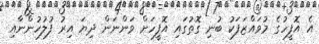
އެ އޮފީހުގެ މުވައްޒަފަކު ބުނި ގޮތުގައި އޮފީހަށް ވަންނަން ދިޔަ އިރު ފުލުހުންނާއި